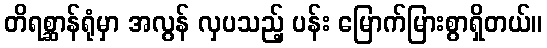
တိရစ္ဆာန်ရုံမှာ အလွန် လှပသည့် ပန်း မြောက်မြားစွာရှိတယ်။